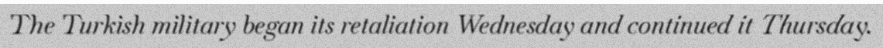
The Turkish military began its retaliation Wednesday and continued it Thursday.